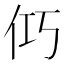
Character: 𮯺